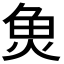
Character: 𮫬